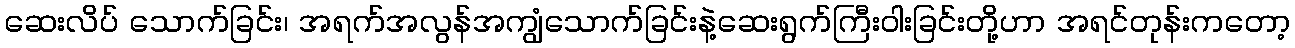
ဆေးလိပ် သောက်ခြင်း၊ အရက်အလွန်အကျွံသောက်ခြင်းနဲ့ဆေးရွက်ကြီးဝါးခြင်းတို့ဟာ အရင်တုန်းကတော့